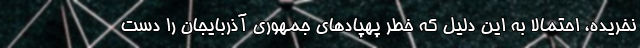
نخریده، احتمالا به این دلیل که خطر پهپادهای جمهوری آذربایجان را دست